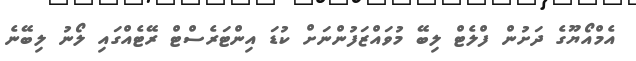
އެމްއޯޔޫގެ ދަށުން ފްލެޓް ލިބޭ މުވައްޒަފުންނަށް ކުޑަ އިންޓަރެސްޓް ރޭޓެއްގައި ލޯނު ލިބޭނެ